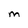
Character: M